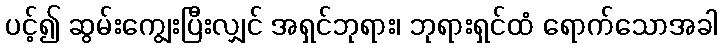
ပင့်၍ ဆွမ်းကျွေးပြီးလျှင် အရှင်ဘုရား၊ ဘုရားရှင်ထံ ရောက်သောအခါ